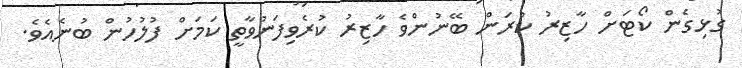
ގުޅިގެން ކޯޓަށް ހާޒިރު ކުރަން ބޭނުންވެ ހާޒިރު ކުރެވިފަނުވާތީ ކަމަށް ފުލުހުން ބުނެއެވެ.